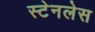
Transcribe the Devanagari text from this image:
स्‍टेनलेस